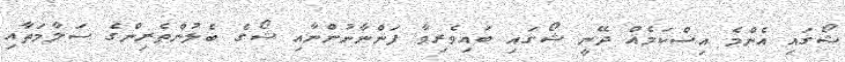
ޝޯގައި އެންމެ އިސްކަމެއް ދޭނީ ޝޯގައި ބައިވެރިވާ ފަންނާނުންނާއި ޝޯގެ ބެލުންތެރިންގެ ސަލާމަތާއި